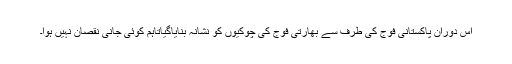
اس دوران پاکستانی فوج کی طرف سے بھارتی فوج کی چوکیوں کو نشانہ بنایاگیاتاہم کوئی جانی نقصان نہیں ہوا۔